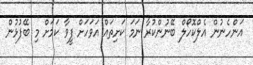
އަންހެނުން އެލްކޮހޯލް ބޭނުންކުރާ ނަމަ ކަށިތައް އަވަހަށް ފީވާ ކަމަށް މި ބޭފުޅުން